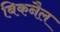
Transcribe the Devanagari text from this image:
बिकनैल